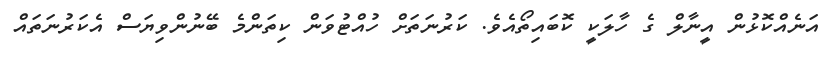
އަނެއްކޮޅުން އީނާލް ގެ ހާލަކީ ކޮބައިތޯއެވެ. ކަރުނަތަށް ހުއްޓުވަން ކިތަންމެ ބޭނުންވިޔަސް އެކަރުނަތައް